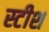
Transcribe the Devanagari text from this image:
स्टीश